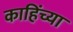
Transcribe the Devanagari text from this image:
काहिंच्या